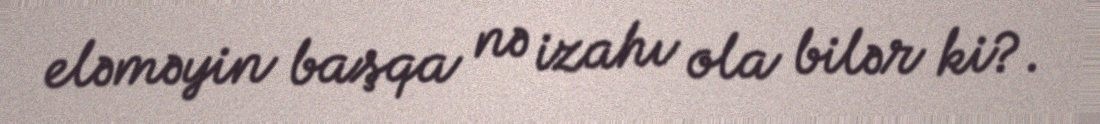
eləməyin başqa nə izahı ola bilər ki?.